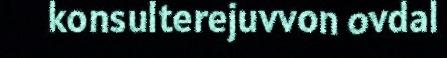
konsulterejuvvon ovdal